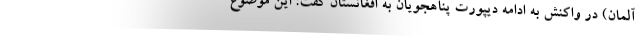
آلمان) در واکنش به ادامه دیپورت پناهجویان به افغانستان گفت: این موضوع